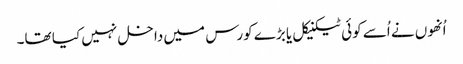
اُنھوں نے اُسے کوئی ٹیکنیکل یا بڑے کورس میں داخل نہیں کیا تھا۔